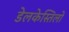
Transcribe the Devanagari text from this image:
डेलकेस्तिलो